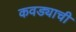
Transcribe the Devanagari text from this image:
कवड्याची